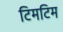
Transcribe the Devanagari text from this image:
टिमटिम